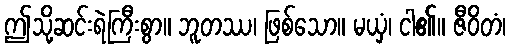
ဤသို့ဆင်းရဲကြီးစွာ။ ဘူတဿ၊ ဖြစ်သော။ မယှံ၊ ငါ၏။ ဇီဝိတံ၊